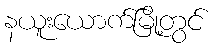
နယူးယောက်မြို့တွင်